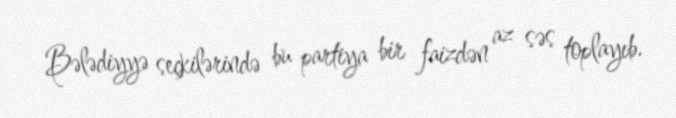
Bələdiyyə seçkilərində bu partiya bir faizdən az səs toplayıb.